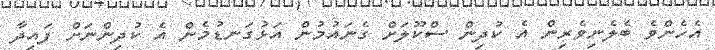
އެހެންވެ ބެލެނިވެރިން އެ ކުދިން ސްކޫލަށް ގެނައުމުން އަޅުގަނޑުމެން އެ ކުދިންނަށް ފައިދާ